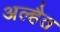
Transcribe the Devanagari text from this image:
अल्हैत